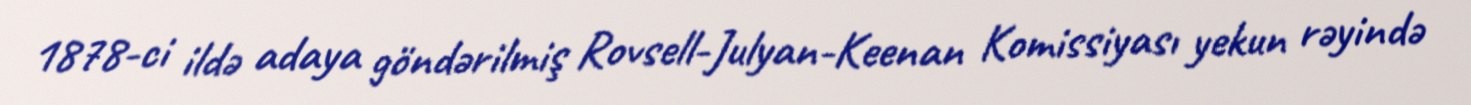
1878-ci ildə adaya göndərilmiş Rovsell-Julyan-Keenan Komissiyası yekun rəyində